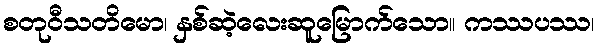
စတုဝီသတိမော၊ နှစ်ဆဲ့လေးဆူမြောက်သော။ ကဿပဿ၊